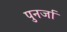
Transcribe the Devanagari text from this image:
पुनर्जा